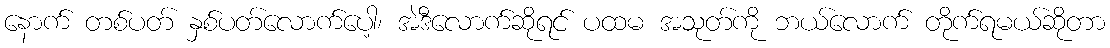
နောက် တစ်ပတ် နှစ်ပတ်လောက်ပေါ့၊ အဲဒီလောက်ဆိုရင် ပထမ အသုတ်ကို ဘယ်လောက် တိုက်ရမယ်ဆိုတာ